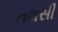
તલસી